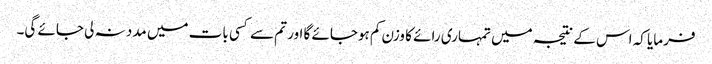
فرمایا کہ اس کے نتیجہ میں تمہاری رائے کا وزن کم ہوجائے گا اور تم سے کسی بات میں مدد نہ لی جائے گی۔